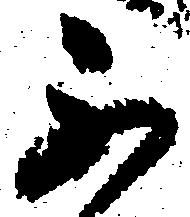
不